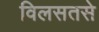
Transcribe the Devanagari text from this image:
विलसतसे